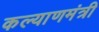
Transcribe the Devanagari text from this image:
कल्याणमंत्री